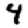
Digit: 4